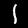
Digit: 1